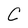
Character: C